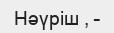
Нәүрiш , –